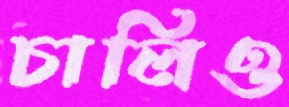
চালিও